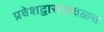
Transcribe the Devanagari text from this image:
प्रवेशद्वाराजवळच